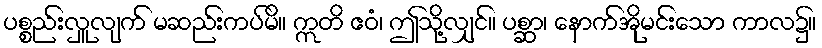
ပစ္စည်းလှူလျက် မဆည်းကပ်မိ။ ဣတိ ဧဝံ၊ ဤသို့လျှင်။ ပစ္ဆာ၊ နောက်အိုမင်းသော ကာလ၌။